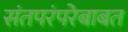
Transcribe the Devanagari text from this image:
संतपरंपरेबाबत